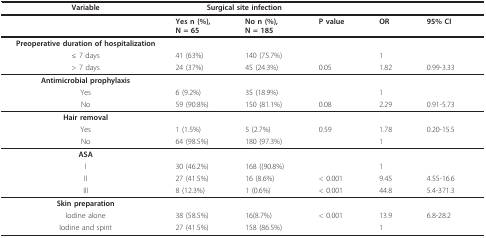
<table><thead><tr><td><b>Variable</b></td><td colspan="2"><b>Surgical site infection</b></td><td></td><td></td><td></td></tr></thead><tbody><tr><td></td><td><b>Yes n (%)</b>,<b>N = 65</b></td><td><b>No n (%)</b>,<b>N = 185</b></td><td><b>P value</b></td><td><b>OR</b></td><td><b>95% CI</b></td></tr><tr><td><b>Preoperative duration of hospitalization</b></td><td></td><td></td><td></td><td></td><td></td></tr><tr><td>≤ 7 days</td><td>41 (63%)</td><td>140 (75.7%)</td><td></td><td>1</td><td></td></tr><tr><td>&gt; 7 days</td><td>24 (37%)</td><td>45 (24.3%)</td><td>0.05</td><td>1.82</td><td>0.99-3.33</td></tr><tr><td><b>Antimicrobial prophylaxis</b></td><td></td><td></td><td></td><td></td><td></td></tr><tr><td>Yes</td><td>6 (9.2%)</td><td>35 (18.9%)</td><td></td><td>1</td><td></td></tr><tr><td>No</td><td>59 (90.8%)</td><td>150 (81.1%)</td><td>0.08</td><td>2.29</td><td>0.91-5.73</td></tr><tr><td><b>Hair removal</b></td><td></td><td></td><td></td><td></td><td></td></tr><tr><td>Yes</td><td>1 (1.5%)</td><td>5 (2.7%)</td><td>0.59</td><td>1.78</td><td>0.20-15.5</td></tr><tr><td>No</td><td>64 (98.5%)</td><td>180 (97.3%)</td><td></td><td>1</td><td></td></tr><tr><td><b>ASA</b></td><td></td><td></td><td></td><td></td><td></td></tr><tr><td>I</td><td>30 (46.2%)</td><td>168 ((90.8%)</td><td></td><td>1</td><td></td></tr><tr><td>II</td><td>27 (41.5%)</td><td>16 (8.6%)</td><td>&lt; 0.001</td><td>9.45</td><td>4.55-16.6</td></tr><tr><td>III</td><td>8 (12.3%)</td><td>1 (0.6%)</td><td>&lt; 0.001</td><td>44.8</td><td>5.4-371.3</td></tr><tr><td><b>Skin preparation</b></td><td></td><td></td><td></td><td></td><td></td></tr><tr><td>Iodine alone</td><td>38 (58.5%)</td><td>16(8.7%)</td><td>&lt; 0.001</td><td>13.9</td><td>6.8-28.2</td></tr><tr><td>Iodine and spirit</td><td>27 (41.5%)</td><td>158 (86.5%)</td><td></td><td>1</td><td></td></tr></tbody></table>